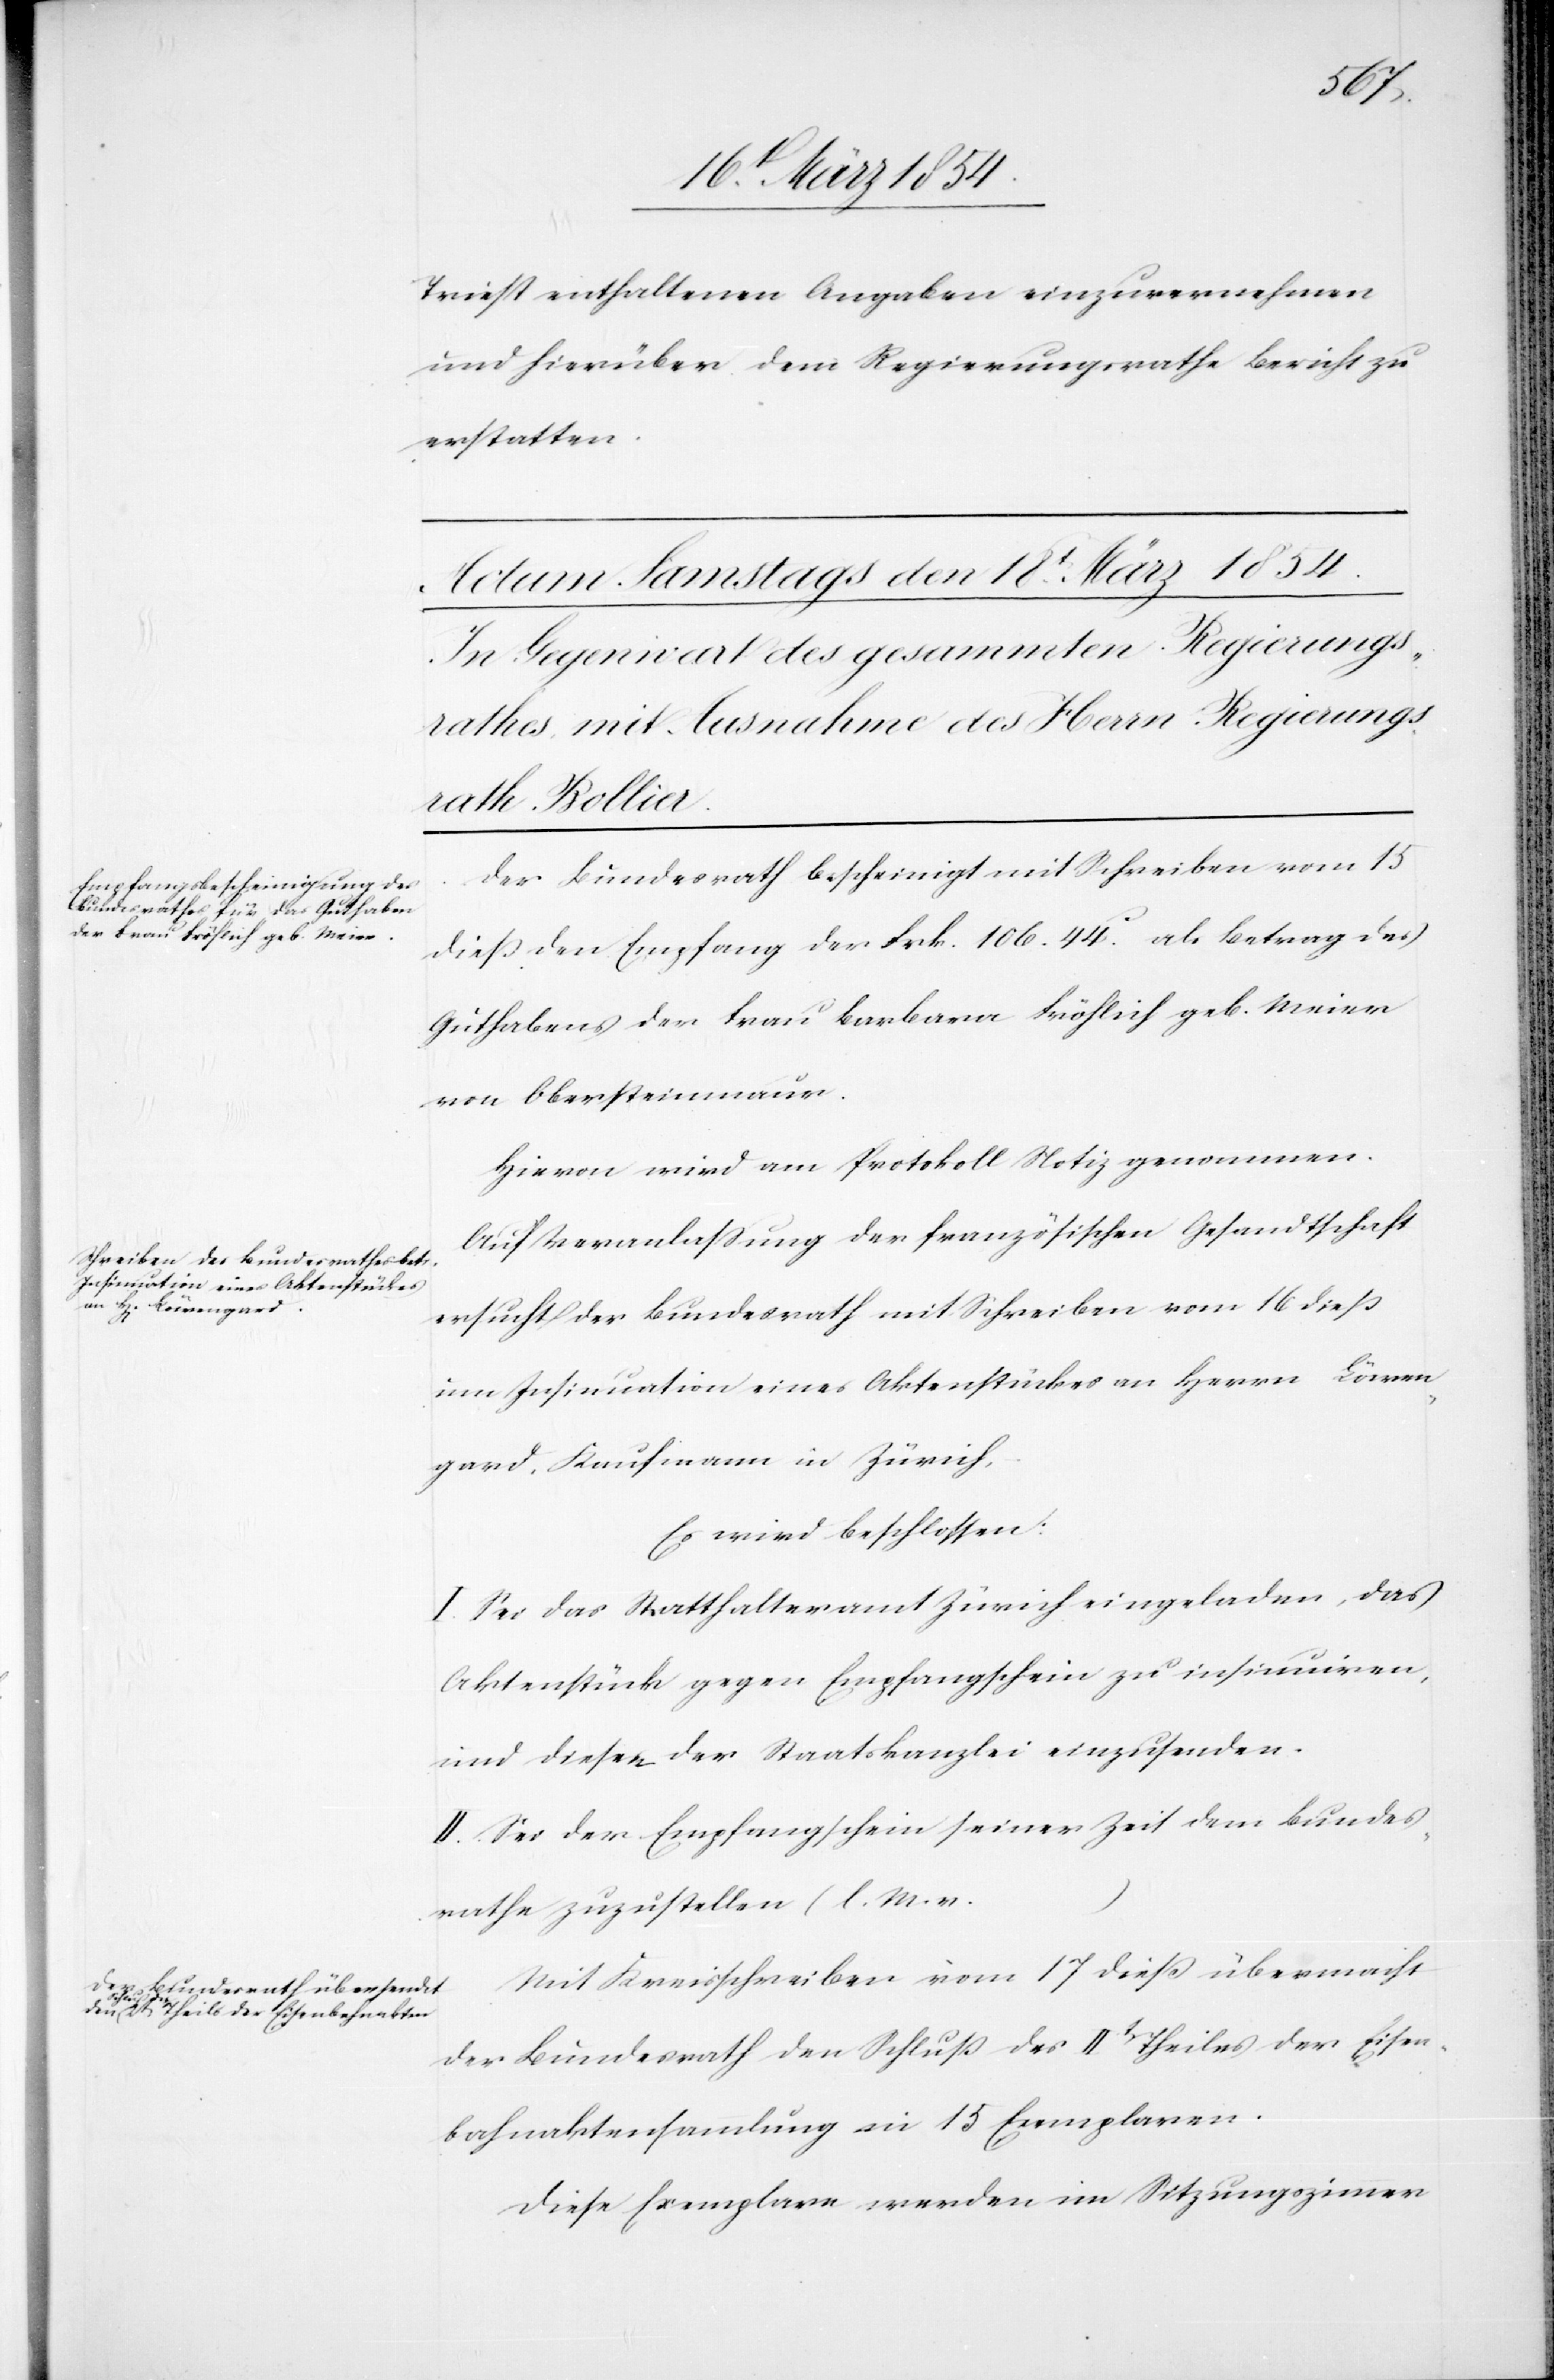
Triest enthaltenen Angaben einzuvernehmen
und hierüber dem Regierungsrathe Bericht zu
erstatten.
Der Bundesrath bescheinigt mit Schreiben vom 15
dieß den Empfang der Frk. 106,44c als Betrag des
Guthabens der Frau Barbara Fröhlich geb. Meier
von Obersteinmaur.
Hievon wird am Protokoll Notiz genommen.
Auf Veranlaßung der französischen Gesandtschaft
ersucht der Bundesrath mit Schreiben vom 16 dieß
um Insinuation eines Aktenstückes an Herrn Löwen¬
gard, Kaufmann in Zürich,
Es wird beschlossen:
I. Sei das Statthalteramt Zürich eingeladen, das
Aktenstück gegen Empfangschein zu insinuiren,
und diesen der Staatskanzlei einzusenden.
II. Sei der Empfangschein seiner Zeit dem Bundes¬
rathe zuzustellen (l. M. v.
Mit Kreisschreiben vom 17 dieß übermacht
der Bundesrath den Schluß des IIt[en] Theiles der Eisen¬
bahnaktensammlung in 15 Exemplaren.
Diese Exemplare werden im Sitzungszimmer